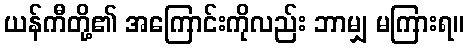
ယန်ကီတို့၏ အကြောင်းကိုလည်း ဘာမျှ မကြားရ။